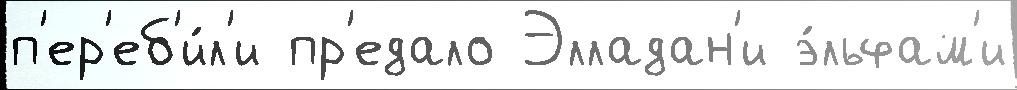
п'ер'еб'и́л'и пр'едало Элладан'и э́льфам'и